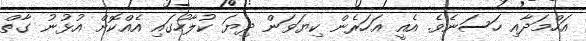
އަހްމަދާއި ހަސަނެވެ. އެއީ އަހަރެން ކިޔަވަން ދިޔަ ކުލާހުގައި އެއްކޮށް އުޅުނު ގާތް